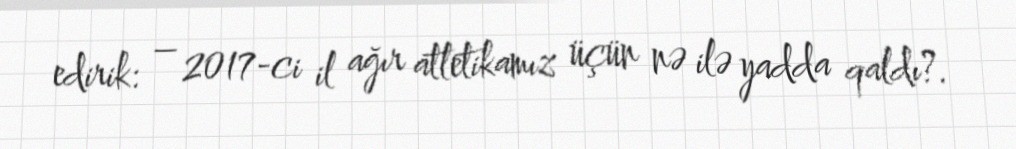
edirik: – 2017-ci il ağır atletikamız üçün nə ilə yadda qaldı?.